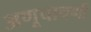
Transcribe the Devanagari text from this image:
अणूचाचणी